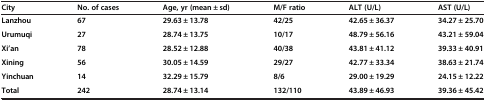
| City | No. of cases | Age, yr (mean ± sd) | M/F ratio | ALT (U/L) | AST (U/L) |
 | --- | --- | --- | --- | --- | --- |
 | Lanzhou | 67 | 29.63 ± 13.78 | 42/25 | 42.65 ± 36.37 | 34.27 ± 25.70 |
 | Urumuqi | 27 | 28.74 ± 13.75 | 10/17 | 48.79 ± 56.16 | 43.21 ± 59.04 |
 | Xi’an | 78 | 28.52 ± 12.88 | 40/38 | 43.81 ± 41.12 | 39.33 ± 40.91 |
 | Xining | 56 | 30.05 ± 14.59 | 29/27 | 42.77 ± 33.34 | 38.63 ± 21.74 |
 | Yinchuan | 14 | 32.29 ± 15.79 | 8/6 | 29.00 ± 19.29 | 24.15 ± 12.22 |
 | Total | 242 | 28.74 ± 13.14 | 132/110 | 43.89 ± 46.93 | 39.36 ± 45.42 |